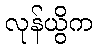
လုန်ယွိက